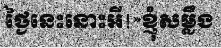
ថ្ងៃនេះនោះអី!»ខ្ញុំសម្លឹង